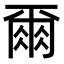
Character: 𫝃